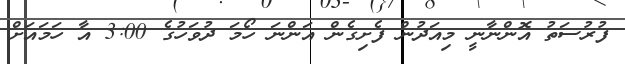
ފުރުސަތު އޮންނާނީ މިއަދުން ފެށިގެން އަންނަ ހޯމަ ދުވަހުގެ 3:00 އާ ހަމައަށް